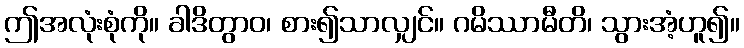
ဤအလုံးစုံကို။ ခါဒိတွာဝ၊ စား၍သာလျှင်။ ဂမိဿာမီတိ၊ သွားအံ့ဟူ၍။